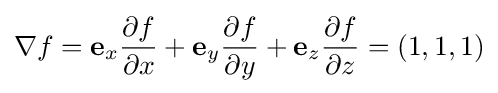
\nabla f=\mathbf {e} _{x}{\partial f \over \partial x}+\mathbf {e} _{y}{\partial f \over \partial y}+\mathbf {e} _{z}{\partial f \over \partial z}=\left(1,1,1\right)